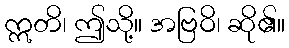
ဣတိ၊ ဤသို့။ အဗြဝိ၊ ဆို၏။